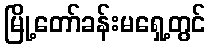
မြို့တော်ခန်းမရှေ့တွင်